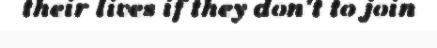
their lives if they don't to join